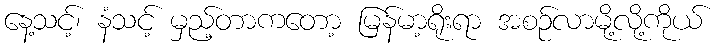
နေ့သင့်၊ နံသင့် မှည့်တာကတော့ မြန်မာ့ရိုးရာ အစဉ်လာမို့လို့ကိုယ်